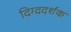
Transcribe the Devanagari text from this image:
दिग्ददर्शक